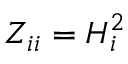
Z _ { i i } = H _ { i } ^ { 2 }